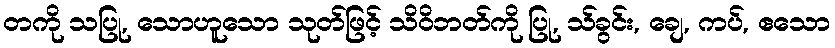
တကို သပြု, သောဟူသော သုတ်ဖြင့် သိဝိဘတ်ကို ပြု, သ်ခွင်း, ချေ, ကပ်, ဧသော